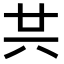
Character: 𠔏